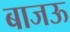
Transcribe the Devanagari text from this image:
बाजऊ